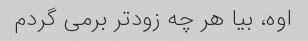
اوه، بیا هر چه زودتر برمی گردم